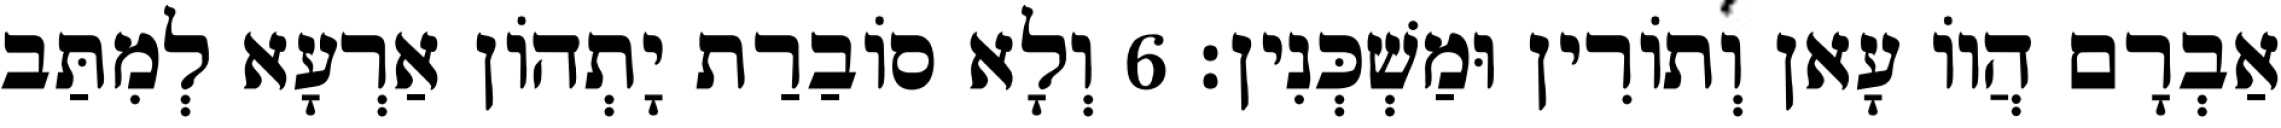
אַבְרָם הֲווֹ עָאן וְתוֹרִין וּמַשְׁכְּנִין׃ 6 וְלָא סוֹבַרַת יָתְהוֹן אַרְעָא לְמִתַּב